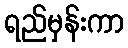
ရည်မှန်းကာ